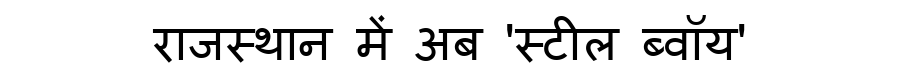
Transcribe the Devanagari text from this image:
राजस्थान में अब 'स्टील ब्वॉय'